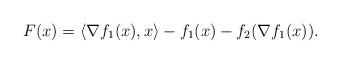
LaTeX: \begin{align*} F(x)=\langle\nabla f_1(x),x\rangle-f_1(x)-f_2(\nabla f_1(x)).\end{align*}